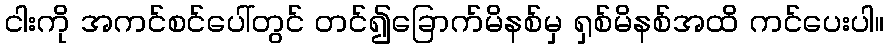
ငါးကို အကင်စင်ပေါ်တွင် တင်၍ခြောက်မိနစ်မှ ရှစ်မိနစ်အထိ ကင်ပေးပါ။